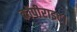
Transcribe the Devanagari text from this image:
कॉपीराइट।